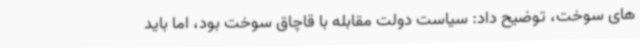
های سوخت، توضیح داد: سیاست دولت مقابله با قاچاق سوخت بود، اما باید